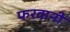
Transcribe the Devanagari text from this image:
फरवानी